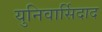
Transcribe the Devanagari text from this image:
युनिवार्सिदाद